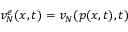
v _ { N } ^ { e } ( x , t ) = v _ { N } ( p ( x , t ) , t )